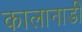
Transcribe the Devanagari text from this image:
कालानाडी